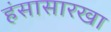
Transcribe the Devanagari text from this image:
हंसासारखा